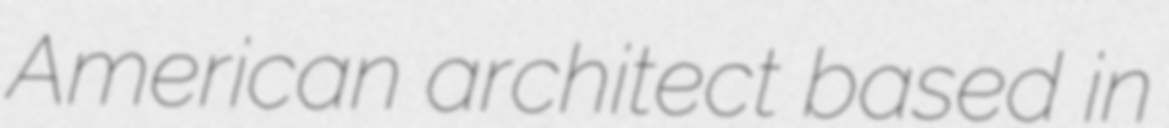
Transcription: American architect based in